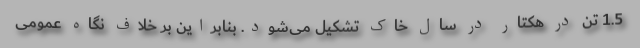
1.5 تن در هکتار در سال خاک تشکیل می‌شود. بنابراین بر خلاف نگاه عمومی